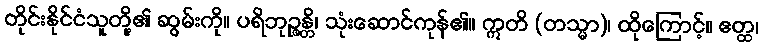
တိုင်းနိုင်ငံသူတို့၏ ဆွမ်းကို။ ပရိဘုဉ္ဇန္တိ၊ သုံးဆောင်ကုန်၏။ ဣတိ (တသ္မာ)၊ ထိုကြောင့်။ ဧတ္ထ၊